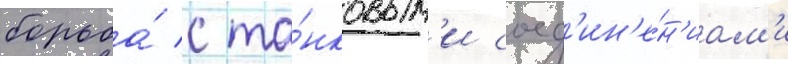
борьба́ с та́нковым'и соед'ин'е́н'иам'и